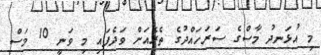
މި އުޅަނދު މާސްގެ ސަރަހައްދުގެ ތެރެއަށް ވަދެފައި މި ވަނީ 10 މަސް